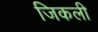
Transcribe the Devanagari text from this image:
जिकली